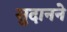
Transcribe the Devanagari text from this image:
सुदानने